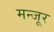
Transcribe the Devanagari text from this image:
मन्जूर